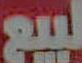
لبيع